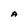
Character: A